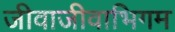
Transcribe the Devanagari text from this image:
जीवाजीवाभिगम